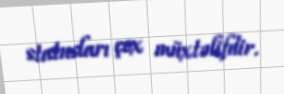
statusları çox müxtəlifdir.